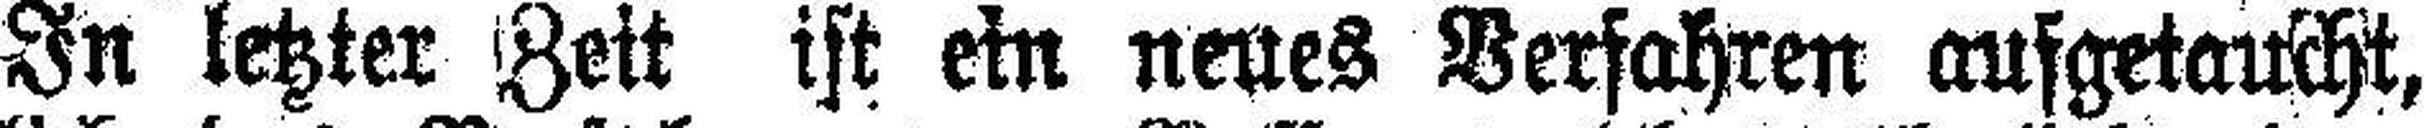
In letzter Zeit ist ein neues Verfahren aufgetaucht,